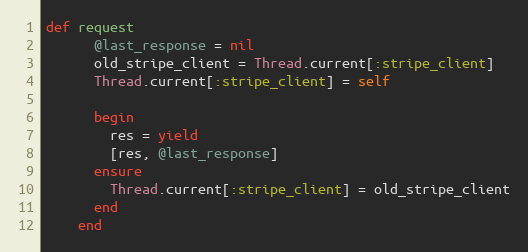
Language: Ruby
def request
      @last_response = nil
      old_stripe_client = Thread.current[:stripe_client]
      Thread.current[:stripe_client] = self

      begin
        res = yield
        [res, @last_response]
      ensure
        Thread.current[:stripe_client] = old_stripe_client
      end
    end